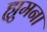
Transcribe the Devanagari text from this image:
ह्युमना